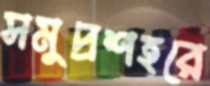
সমুদ্রশহরে